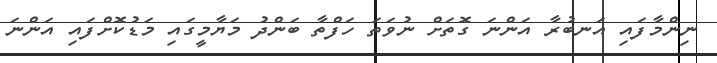
ނިންމާފައި އަނބުރާ އަންނަ ގޮތަށް ނުވަތަ ހަފްތާ ބަންދު މަޔާމީގައި މަޑުކޮށްފައި އަންނަ